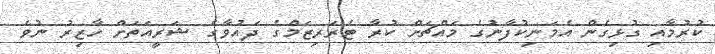
ކުރުމާއި ގުޅިގެން އެމަނިކުފާނުގެ މައްޗަށް ކުރާ ޓެރަރިޒަމްގެ ދައުވާގެ ޝަރީއަތަށް ހާޒިރު ނުވެ